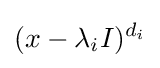
(x-\lambda _{i}I)^{d_{i}}